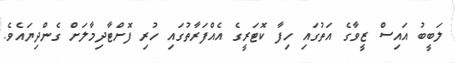
ލަބީބު އައިސް ޒީވާގެ އަތުގައި ހިފާ ކޮޓަރީގެ އެއްފަރާތުގައި ހުރި ފޮށްޓާދިމާލަށް ގެންދިޔައެވެ.